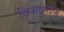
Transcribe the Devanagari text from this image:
बिरुदुराजू